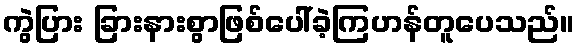
ကွဲပြား ခြားနားစွာဖြစ်ပေါ်ခဲ့ကြဟန်တူပေသည်။